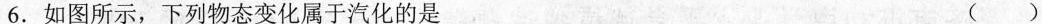
6.如图所示，下列物态变化属于汽化的是 ()